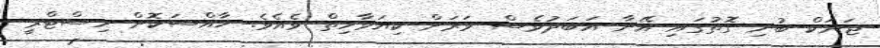
ޖަނަކް ބުނި ގޮތުގައި އޭނާ އަބަދުވެސް ވަރަށް ކިޔަވާހިތް ވެއެވެ. ޚާއްސަކޮށް ހިސްޓްރީ